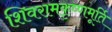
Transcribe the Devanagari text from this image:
शिवरामकृष्णमूर्ति